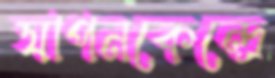
যাপনকেন্দ্রে